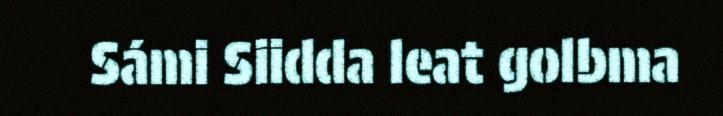
Sámi Siidda leat golbma